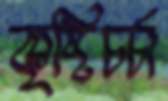
কৃষ্টিচর্চা